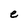
Character: e